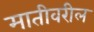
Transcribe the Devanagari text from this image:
मातीवरील